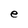
Character: e